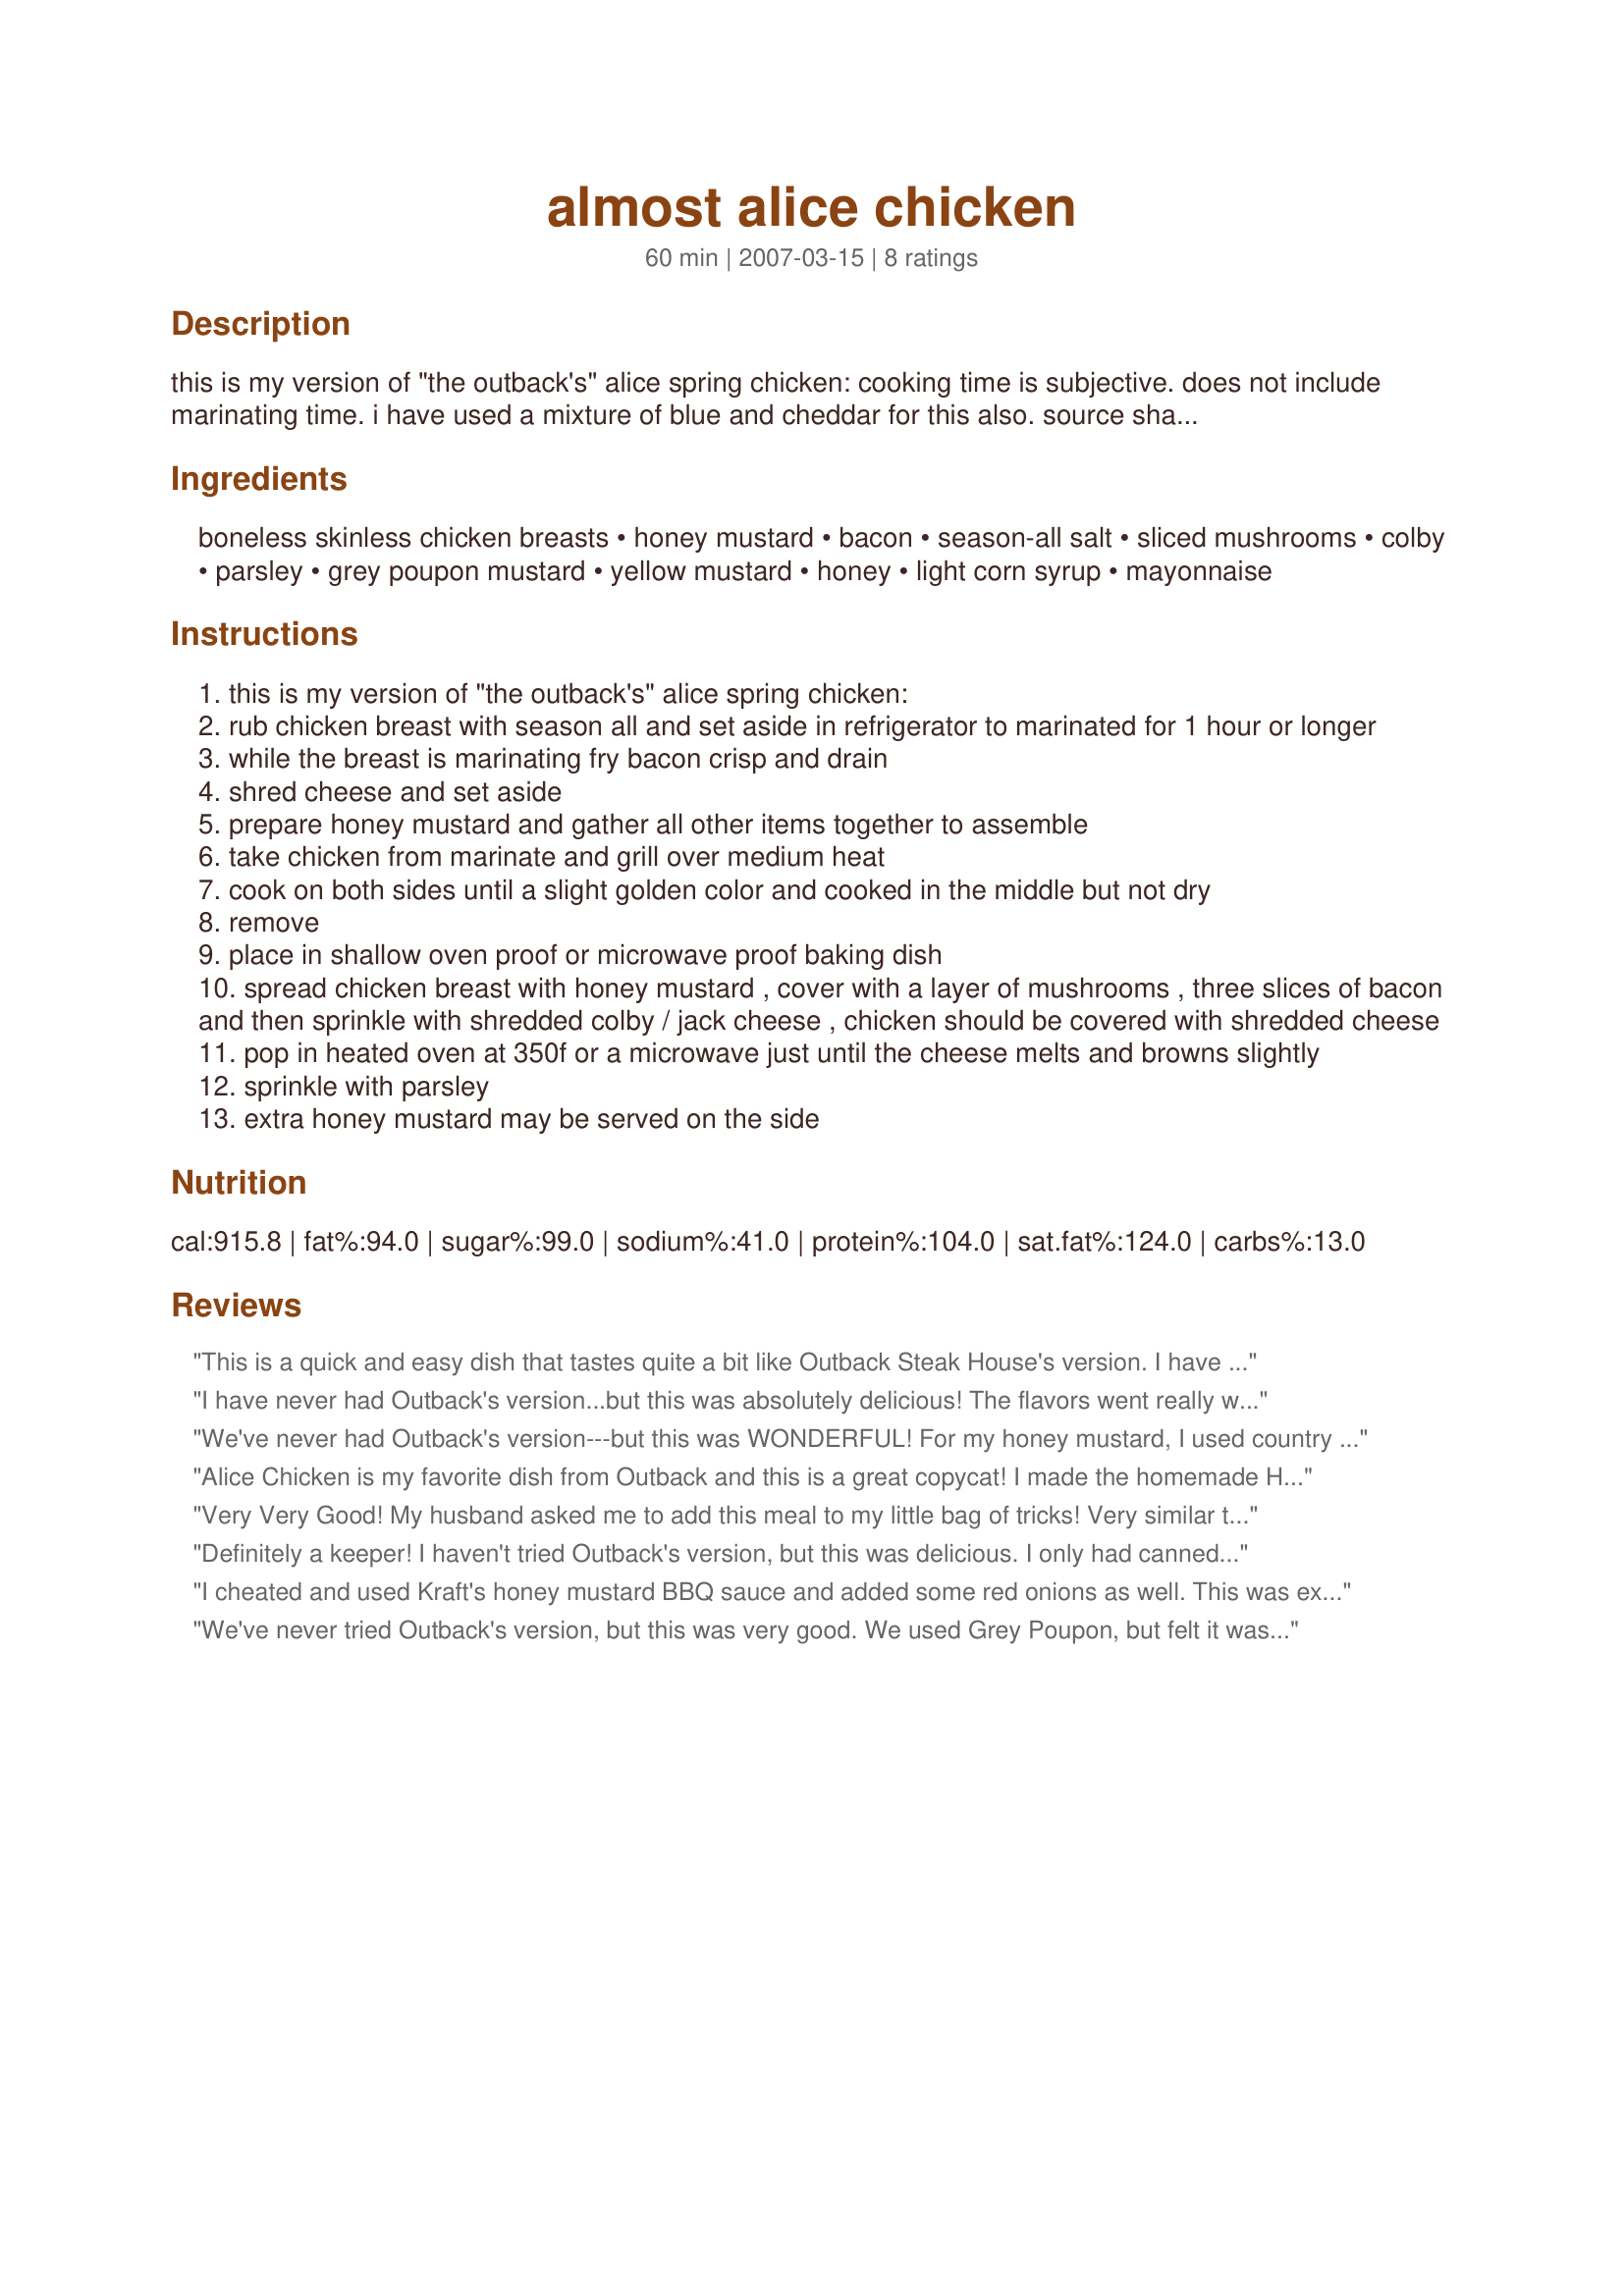
almost alice chicken
Preparation time: 60 minutes

this is my version of "the outback's" alice spring chicken: cooking time is subjective.
does not include marinating time.

i have used a mixture of blue and cheddar for this also.
source shadows

Ingredients:
boneless skinless chicken breasts, honey mustard, bacon, season-all salt, sliced mushrooms, colby, parsley, grey poupon mustard, yellow mustard, honey, light corn syrup, mayonnaise

Steps:
this is my version of "the outback's" alice spring chicken:
rub chicken breast with season all and set aside in refrigerator to marinated for 1 hour or longer
while the breast is marinating fry bacon crisp and drain
shred cheese and set aside
prepare honey mustard and gather all other items together to assemble
take chicken from marinate and grill over medium heat
cook on both sides until a slight golden color and cooked in the middle but not dry
remove
place in shallow oven proof or microwave proof baking dish
spread chicken breast with honey mustard , cover with a layer of mushrooms , three slices of bacon and then sprinkle with shredded colby / jack cheese , chicken should be covered with shredded cheese
pop in heated oven at 350f or a microwave just until the cheese melts and browns slightly
sprinkle with parsley
extra honey mustard may be served on the side

Reviews:
This is a quick and easy dish that tastes quite a bit like Outback Steak House's version. I have been making a similar recipe to this for years, and sometimes grill, and sometimes saute the chicken. (When I saute it, I pound the chicken first) When finished, I add the toppings a pop it in the oven to melt the cheese. I also skip the home made honey mustard and use Bob Evan's Bottled Honey Mustard. Always a family favorite!
I have never had Outback's version...but this was absolutely delicious! The flavors went really well together. I cheated and used store bought mustard and I used swiss cheese because that is all I had on hand. My family really wants me to make this again! Thanks for posting.
We've never had Outback's version---but this was WONDERFUL! For my honey mustard, I used country dijon mustard and omitted the corn syrup. I didn't plan this, but the chicken marinated 24 hours. I also used pepper jack cheese. I decided to prepare entirely on the grill so after cooking the chicken to an internal temp of 165F, I placed the toppings on the chicken, covered the grill, and cooked until the cheese was melted-about 5 minutes. Chicken came out so flavorful and juicy! Also served w/ extra honey mustard for dipping. Thank you for a great recipe!!!
Alice Chicken is my favorite dish from Outback and this is a great copycat! I made the homemade Honey Mustard and it was great! I used a cast iron grill pan instead of bothering with the outdoor grill and it worked just fine. Thanks for the recipe!
Very Very Good! My husband asked me to add this meal to my little bag of tricks! Very similar to Outback! I did not add the corn syrup to the honey mustard. It was Delicious! Definantly will make this again and again....besides save loads of money from eating at outback. It was several steps but not too time consuming.
Definitely a keeper! I haven't tried Outback's version, but this was delicious. I only had canned mushrooms, which worked fine, but fresh would have been better. I didn't use corn syrup in the honey mustard, just 1/2 cup each of honey and dijon mustard, plus a few squirts of mayo. It still made more than enough to spread on the chicken with plenty left over for dipping. I grilled outside, then put on the toppings and stuck under the broiler for just a few minutes to melt the cheese. Will definitely make this again!
I cheated and used Kraft's honey mustard BBQ sauce and added some red onions as well. This was exceptionally good and I will make this often. Thanks so much!
We've never tried Outback's version, but this was very good. We used Grey Poupon, but felt it was a bit overpowering and too mustardy in flavor. We would cut back the amount next time and use maybe half GP & half yellow. We also used just half the amount of cheese and that was plenty smothered. Thanks for sharing the recipe. :)
